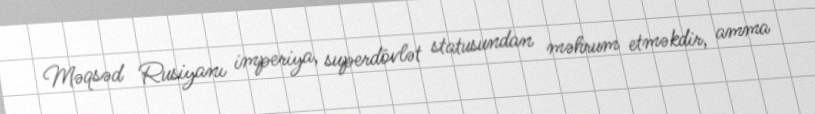
Məqsəd Rusiyanı imperiya, superdövlət statusundan məhrum etməkdir, amma